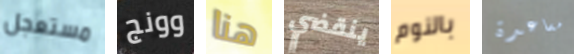
مستعجل وونج هنا ينقضي بالنوم مساعدة